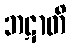
ဘဋာတိ